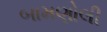
બામણોલી